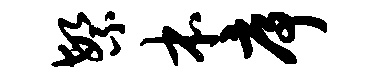
繁本序